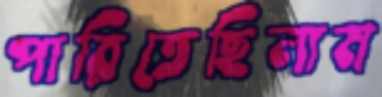
পারিতেছিলাম